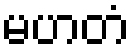
မဟတံ